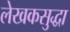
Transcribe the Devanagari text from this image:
लेखकसुद्धा